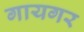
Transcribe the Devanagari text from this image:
गायगर